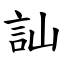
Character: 訕